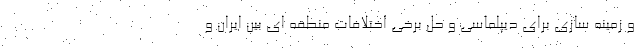
و زمینه سازی برای دیپلماسی و حل برخی اختلافات منطقه ای بین ایران و